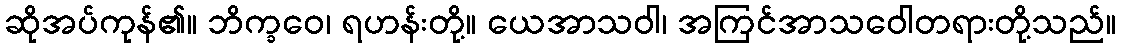
ဆိုအပ်ကုန်၏။ ဘိက္ခဝေ၊ ရဟန်းတို့။ ယေအာသဝါ၊ အကြင်အာသဝေါတရားတို့သည်။